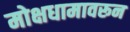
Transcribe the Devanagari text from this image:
मोक्षधामावरून